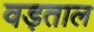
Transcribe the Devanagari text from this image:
वड़ताल